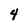
Character: 4